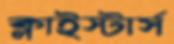
ক্লাইস্টার্স